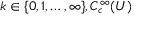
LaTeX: k \in \{ 0 , 1 , \ldots , \infty \} , C _ { c } ^ { \infty } ( U )